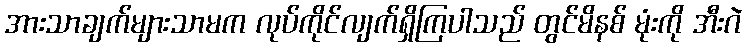
အားသာချက်များသာမက လုပ်ကိုင်လျက်ရှိကြပါသည် တွင်မိနစ် မုံးကို အီးဂဲ